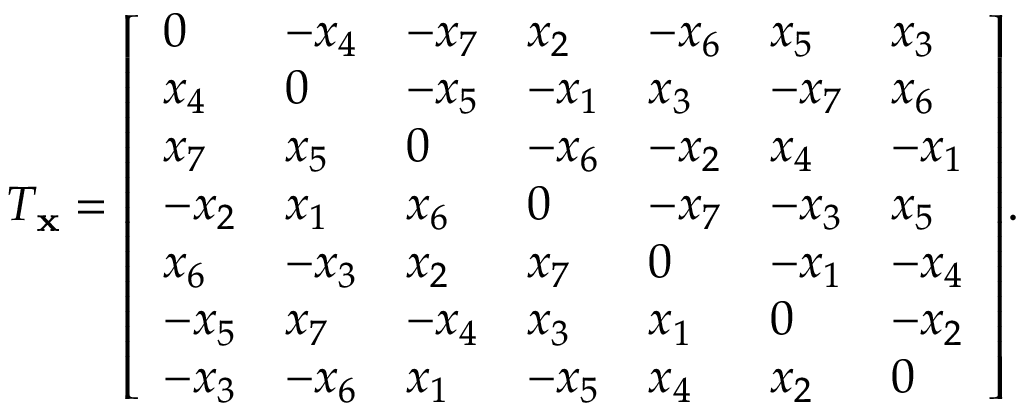
T _ { \mathbf { x } } = { \left[ \begin{array} { l l l l l l l } { 0 } & { - x _ { 4 } } & { - x _ { 7 } } & { x _ { 2 } } & { - x _ { 6 } } & { x _ { 5 } } & { x _ { 3 } } \\ { x _ { 4 } } & { 0 } & { - x _ { 5 } } & { - x _ { 1 } } & { x _ { 3 } } & { - x _ { 7 } } & { x _ { 6 } } \\ { x _ { 7 } } & { x _ { 5 } } & { 0 } & { - x _ { 6 } } & { - x _ { 2 } } & { x _ { 4 } } & { - x _ { 1 } } \\ { - x _ { 2 } } & { x _ { 1 } } & { x _ { 6 } } & { 0 } & { - x _ { 7 } } & { - x _ { 3 } } & { x _ { 5 } } \\ { x _ { 6 } } & { - x _ { 3 } } & { x _ { 2 } } & { x _ { 7 } } & { 0 } & { - x _ { 1 } } & { - x _ { 4 } } \\ { - x _ { 5 } } & { x _ { 7 } } & { - x _ { 4 } } & { x _ { 3 } } & { x _ { 1 } } & { 0 } & { - x _ { 2 } } \\ { - x _ { 3 } } & { - x _ { 6 } } & { x _ { 1 } } & { - x _ { 5 } } & { x _ { 4 } } & { x _ { 2 } } & { 0 } \end{array} \right] } .